Tartu_linnavalitsus, lk 129
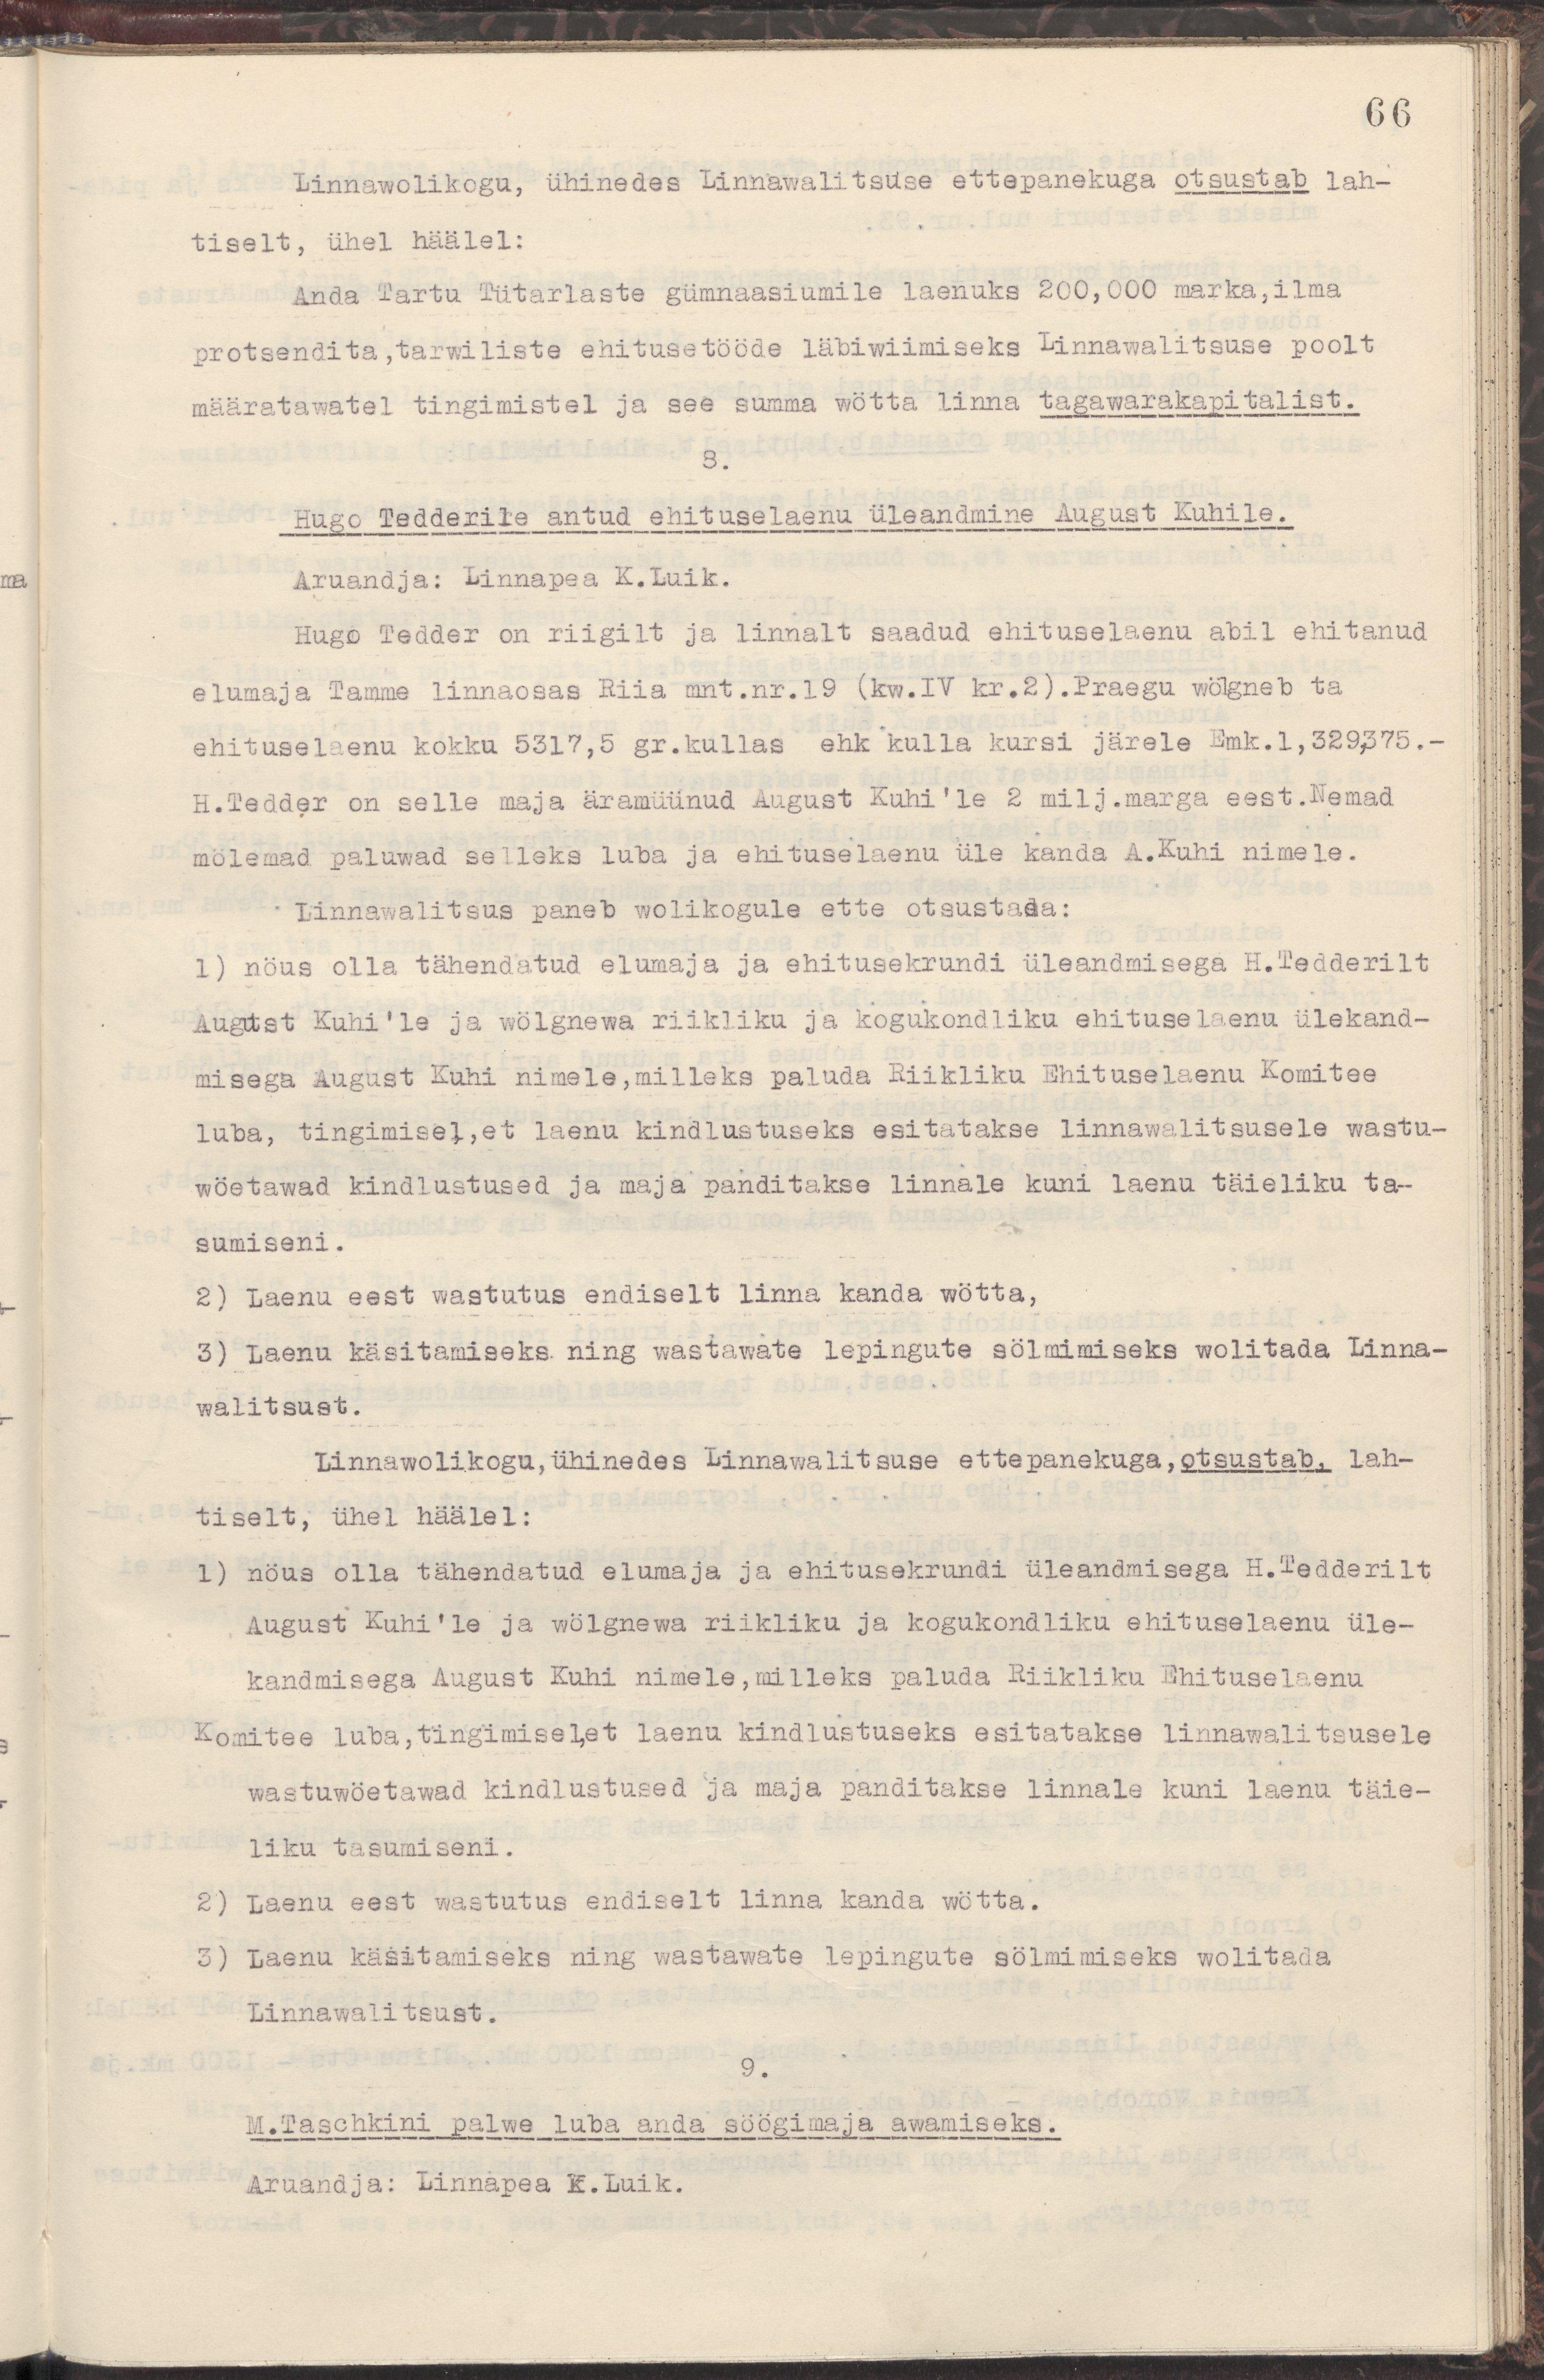
66
Linnawolikogu, ühinedes Linnawalitsuse ettepanekuga otsustab lah-
tiselt ühel häälel:
Anda Tartu Tütarlaste gümnaasiumile laenuks 200,000 marka,ilma
protsendita, tarwiliste ehitusetööde läbiwiimiseks Linnawalitsuse poolt
määratawatel tingimistel ja see summa wötta linna tagawarakapitalist.
8.
Hugo Tedderile antud ehituselaenu üleandmine August Kuhile.
Aruandja: Linnapea K.Luik.
Hugo Tedder on riigilt ja linnalt saadud ehituselaenu abil ehitanud
elumaja Tamme linnaosas Riia mnt.nr.19 (kw.IV kr.2). Praegu wölgneb ta
ehituselaenu kokku 5317,5 gr.kullas ehk kulla kursi järele Emk.1,329,375.-
H.Tedder on selle maja äramüünud August Kuhi'le 2 milj.marga eest.Nemad
mölemad paluwad selleks luba ja ehituselaenu üle kanda A.Kuhi nimele.
Linnawalitsus paneb wolikogule ette otsustada:
1) nöus olla tähendatud elumaja ja ehitusekrundi üleandmisega H.Tedderilt
August Kuhi'le ja wölgnewa riikliku ja kogukondliku ehituselaenu ülekand-
misega August Kuhi nimele,milleks paluda Riikliku Ehituselaenu Komitee
luba, tingimsel,et laenu kindlustuseks esitatakse linnawalitsusele wastu-
wöetawad kindlustused ja maja panditakse linnale kuni laenu täieliku ta-
sumiseni.
2) Laenu eest wastutus endiselt linna kanda wötta,
3) Laenu käsitamiseks ning wastawate lepingute sölmimiseks wolitada Linna-
walitsust.
Linnawolikogu,ühinedes Linnawalitsuse ettepanekuga,otsustab, lah-
tiselt, ühel häälel:
1) nöus olla tähendatud elumaja ja ehitusekrundi üleandmisega H.Tedderilt
August Kuhi'le ja wölgnewa riikliku ja kogukondliku ehituselaenu üle-
kandmisega August Kuhi nimele,milleks paluda Riikliku Ehituselaenu
Komitee luba,tingimisel,et laenu kindlustamiseks esitatakse linnawalitsusele
wastuwöetawad kindlustused ja maja panditakse linnale kuni laenu täie-
liku tasumiseni.
2) Laenu eest wastutus endiselt linna kanda wötta.
3) Laenu käsitamiseks ning wastawate lepingute sölmimiseks wolitada
Linnawalitsust.
9.
M.Taschkini palwe luba anda söögimaja awamiseks.
Aruandja: Linnapea K.Luik.